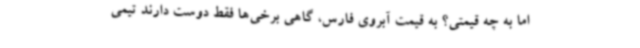
اما به چه قیمتی؟ به قیمت آبروی فارس، گاهی برخی‌ها فقط دوست دارند تیمی